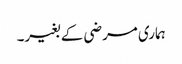
ہماری مرضی کے بغیر۔